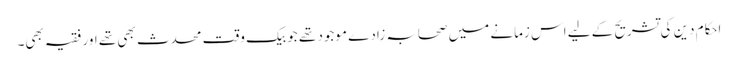
احکام دین کی تشریح کے لیے اس زمانے میں صحابہ زادے موجود تھے جو بیک وقت محدث بھی تھے اور فقیہ بھی۔